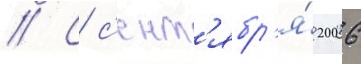
// С с'ент'ябр'я́ 2006